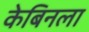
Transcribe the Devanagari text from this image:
केबिनला